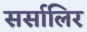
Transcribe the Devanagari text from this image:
सर्सालिर